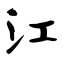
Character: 汇